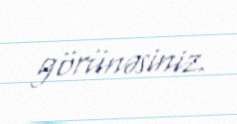
görünəsiniz.